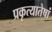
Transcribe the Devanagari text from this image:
प्रकृत्यातेषां